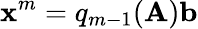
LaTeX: \textrm{\textbf{x}}^{m}=q_{m-1}(\textrm{\textbf{A}})\textrm{\textbf{b}}